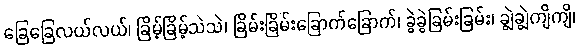
ခြေခြေလယ်လယ်၊ ခြိမ့်ခြိမ့်သဲသဲ၊ ခြိမ်းခြိမ်းခြောက်ခြောက်၊ ခွဲခွဲခြမ်းခြမ်း၊ ချွဲချွဲကျိကျိ၊